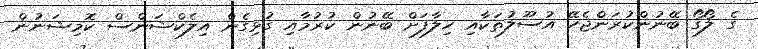
ގެ ލޯގޯ ބޭނުންކުރަންެޖެހޭ އުސޫލުތަކާއި ހިލާފަށް ބޭނުން ކުރުމާއި ގުޅިގެން އިލެކްޝަންސް ކޮމިޝަނުން